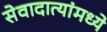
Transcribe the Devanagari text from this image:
सेवादात्यांमध्ये